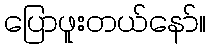
ပြောဖူးတယ်နော်။